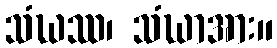
သံဃဿ၊ သံဃာအား။